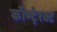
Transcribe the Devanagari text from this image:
कॉण्टे्रक्ट